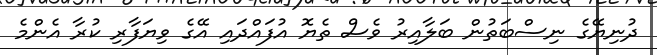
ދުނިޔޭގެ ނިސްބަތުން ބަލާއިރު ވެސް ތެޔޮ އުފައްދައި އޭގެ ވިޔަފާރި ކުރާ އެންމެ